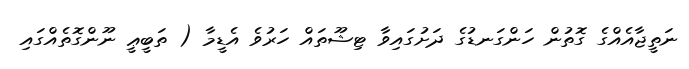
ނަތީޖާއެއްގެ ގޮތުން ހަންގަނޑުގެ ދަށުގައިވާ ޓިޝޫތައް ހަރުވެ އެޑީމާ ( ތަބީޢީ ނޫންގޮތެއްގައި